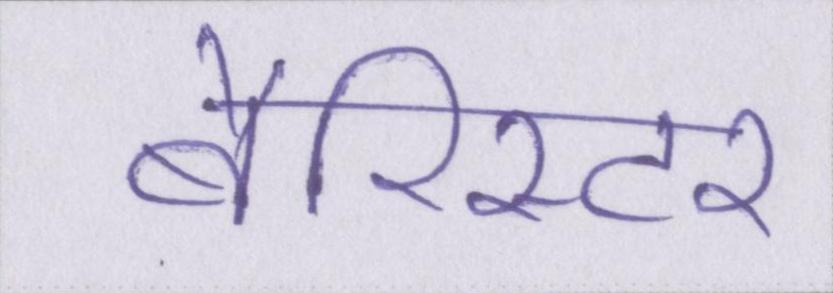
बैरिस्टर